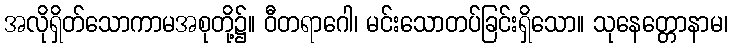
အလိုရှိတ်သောကာမအစုတို့၌။ ဝီတရာဂေါ၊ မင်းသောတပ်ခြင်းရှိသော။ သုနေတ္တောနာမ၊